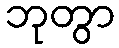
ဘုတွာ